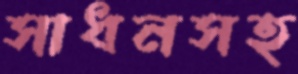
সাধনসহ